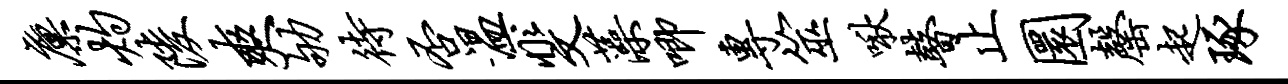
廪灼陵爽劬待否温斐藻唧专筮啾瞽止圜罄起琢